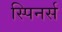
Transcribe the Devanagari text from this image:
स्पिनर्स